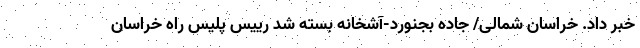
خبر داد. خراسان شمالی/ جاده بجنورد-آشخانه بسته شد رییس پلیس راه خراسان